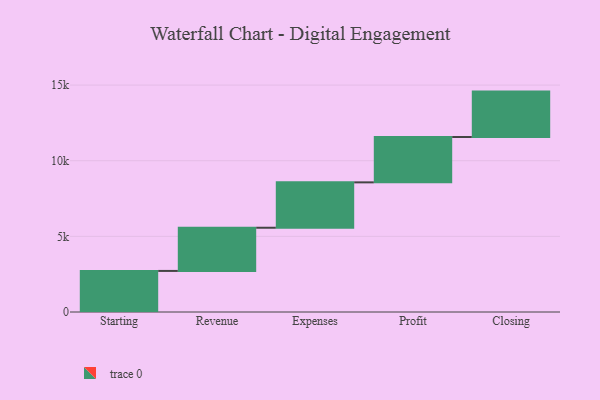
{"axis": {"x": "Step", "y": "Value"}, "legend": [""], "data": [{"x": "Starting", "y": 2715.0, "type": ""}, {"x": "Revenue", "y": 2855.0, "type": ""}, {"x": "Expenses", "y": 3000, "type": ""}, {"x": "Profit", "y": 3000, "type": ""}, {"x": "Closing", "y": 3000, "type": ""}]}